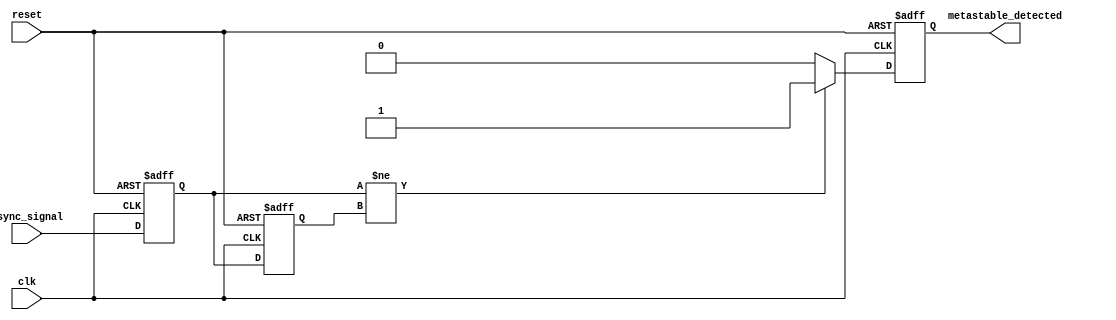
module metastability_detector (
    input wire clk,                // Clock signal
    input wire async_signal,       // Asynchronous input signal
    input wire reset,              // Reset signal
    output reg metastable_detected  // Output signal indicating metastability
);

    // Internal signals for the synchronizer flip-flops
    reg sync_ff1;  // First synchronizer flip-flop
    reg sync_ff2;  // Second synchronizer flip-flop

    // Synchronizer flip-flops
    always @(posedge clk or posedge reset) begin
        if (reset) begin
            sync_ff1 <= 1'b0;
            sync_ff2 <= 1'b0;
        end else begin
            sync_ff1 <= async_signal;  // Sample async signal
            sync_ff2 <= sync_ff1;       // Sample output of first flip-flop
        end
    end

    // Meta-stability detection logic
    always @(posedge clk or posedge reset) begin
        if (reset) begin
            metastable_detected <= 1'b0;
        end else begin
            // Detect metastability condition
            // If the output of the first flip-flop is not stable
            // (i.e., it changes on the next clock edge), set the metastable_detected signal
            if (sync_ff1 != sync_ff2) begin
                metastable_detected <= 1'b1; // Metastability detected
            end else begin
                metastable_detected <= 1'b0; // No metastability
            end
        end
    end

endmodule